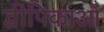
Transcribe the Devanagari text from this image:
द्वीपिकाओं